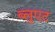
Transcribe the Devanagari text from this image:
ब्लुएट